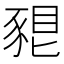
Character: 𧱗